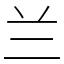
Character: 兰